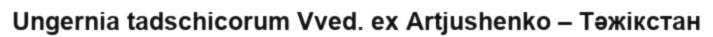
Ungernia tadschicorum Vved. ex Artjushenko – Тәжікстан